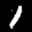
Label: 1